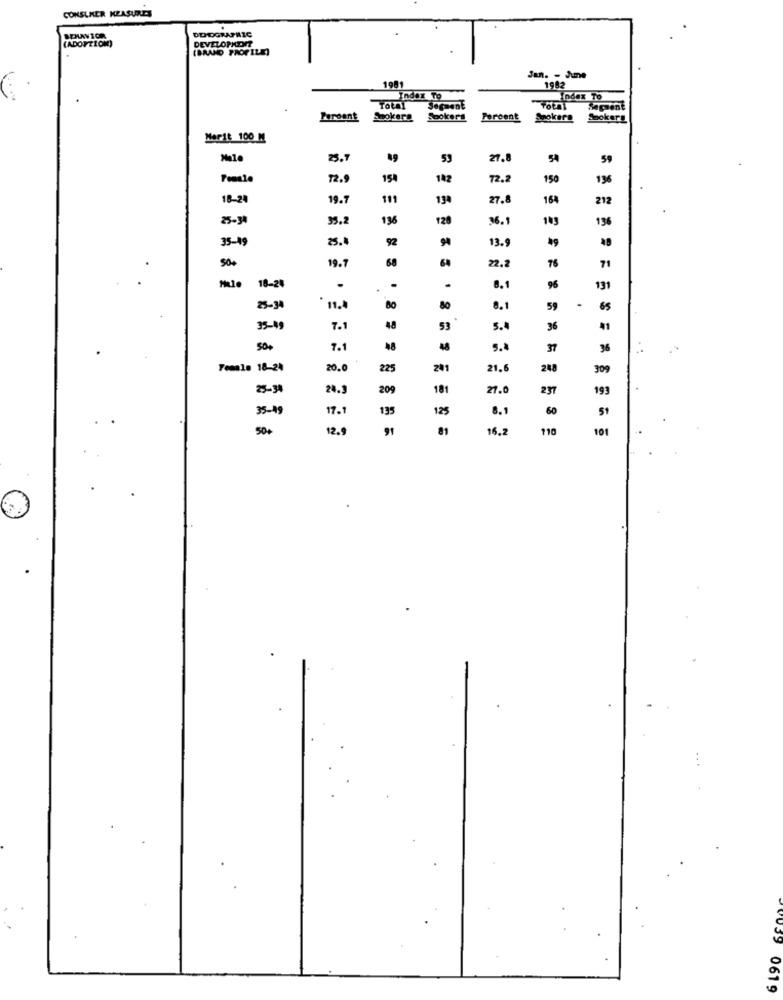
CONSUMER MEASURES
(ADOPTION)
DEMOGRAPHIC
(BRAND PROFILE]
Jan. - June
1981
1982
Index To
Index To
Total
Peroant
Spokera Sookers
Percent
Spokers
Sookerg
Marit 100 M
25.7
49
53
27.8
54
59
72.9
150
142
72.2
150
1%
18-21
19.
111
27.8
164
212
25-94
35.
196
120
36.1
136
35-19
25.
92
94
13.9
49
19.7
68
64
22.2
50+
76
71
18-24
.
8.1
96
191
25-3
11.
80
80
8.1
59
.
65
35-45
7.1
53
5.4
36
50.
7.1
48
48
5.4
37
36
Female 18-24
20.0
225
201
21.
248
309
25-34
24.3
209
181
21.
237
199
35-49
17.1
135
125
8.1
60
51
50+
12.
91
81
16.2
110
101
061 9